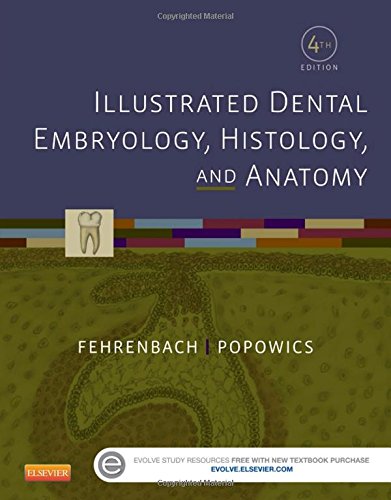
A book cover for Illustrated Dental Embryology, Histology, and Anatomy, 4e; Margaret J. Fehrenbach RDH  MS; Medical Books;